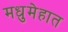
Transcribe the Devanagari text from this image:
मधुमेहात